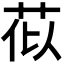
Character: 𫇹